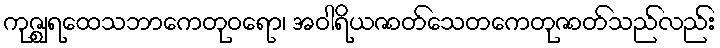
ကုဇ္ဈရထေသဘာကေတုဝရော၊ အဝါရိယဇာတ်သေတကေတုဇာတ်သည်လည်း